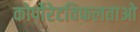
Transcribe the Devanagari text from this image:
कोर्पोरेटविफलताओ